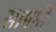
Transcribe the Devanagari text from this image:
सापमी